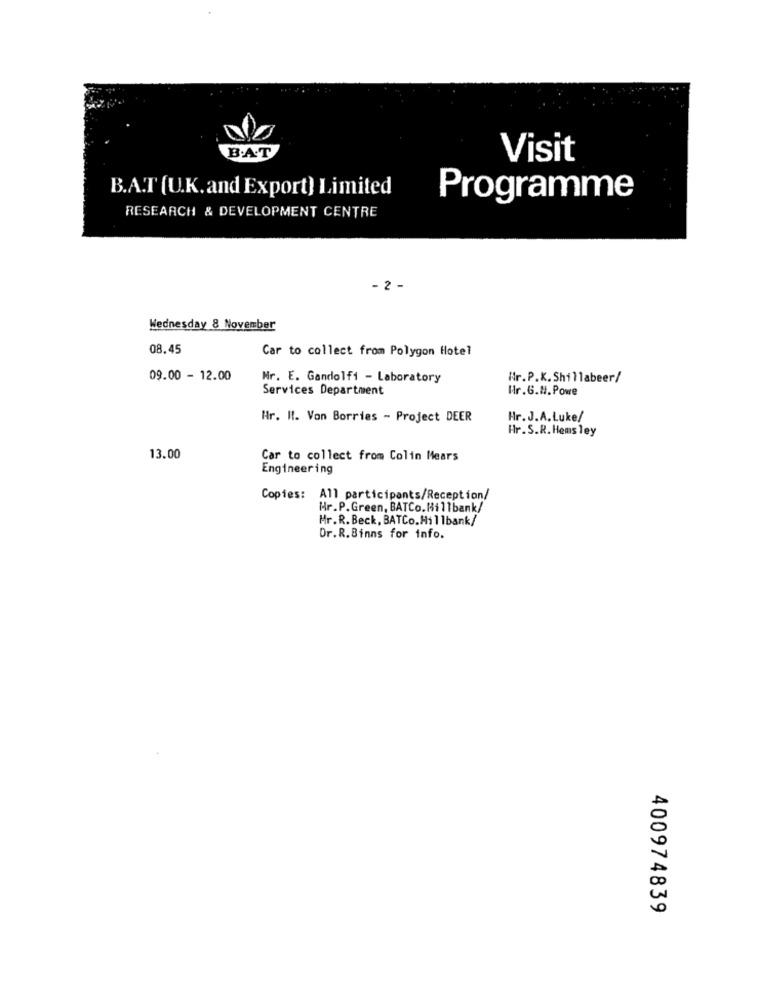
B.A.T
Visit
B.A.T (U.K. and Export) Limited
Programme
RESEARCH & DEVELOPMENT CENTRE
- 2 -
Wednesday 8 November
08.45
Car to collect from Polygon Hotel
09.00 - 12.00
Nr. E. Gandolfi - Laboratory
Nr.P.K. Shillabeer/
Services Department
Mr.G.N. Powe
Hr. I. Von Borries - Project DEER
Hr.J.A.Luke/
Hr.S.R.Hems ley
13.00
Car to collect from Colin Mears
Engineering
Copies: All participants/Reception/
Hr.P.Green, BATCo. Hillbank/
Mr.R.Beck, BATCo.Hillbank/
Dr.R.Binns for info.
400974839